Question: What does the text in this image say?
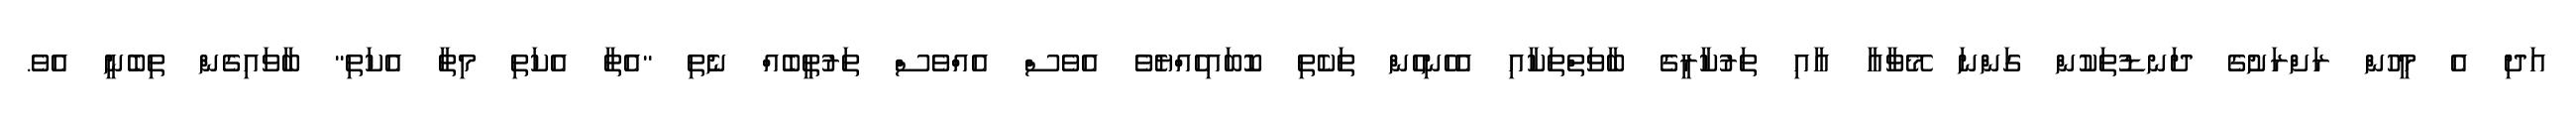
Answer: އަދި އެ މީހުން ރަށްރަށުގެ ދަނޑުތަކުން ގަންނަ މޭވާއާ އާއި ތަރުކާރީގެ ބާވަތްތަކާއި އެހެނިހެން ތަކެތި ކޮބައިހެއްޔެވެ އެވެސް އެއްވެސް ތަރުތީބެއް ނެތި "އެތާ އެކަތި މިތާ އެކަތި" ބާވައިގެން ތިބެނީ އެވެ.